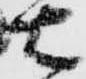
右